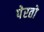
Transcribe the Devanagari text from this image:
पेरतो